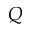
Q